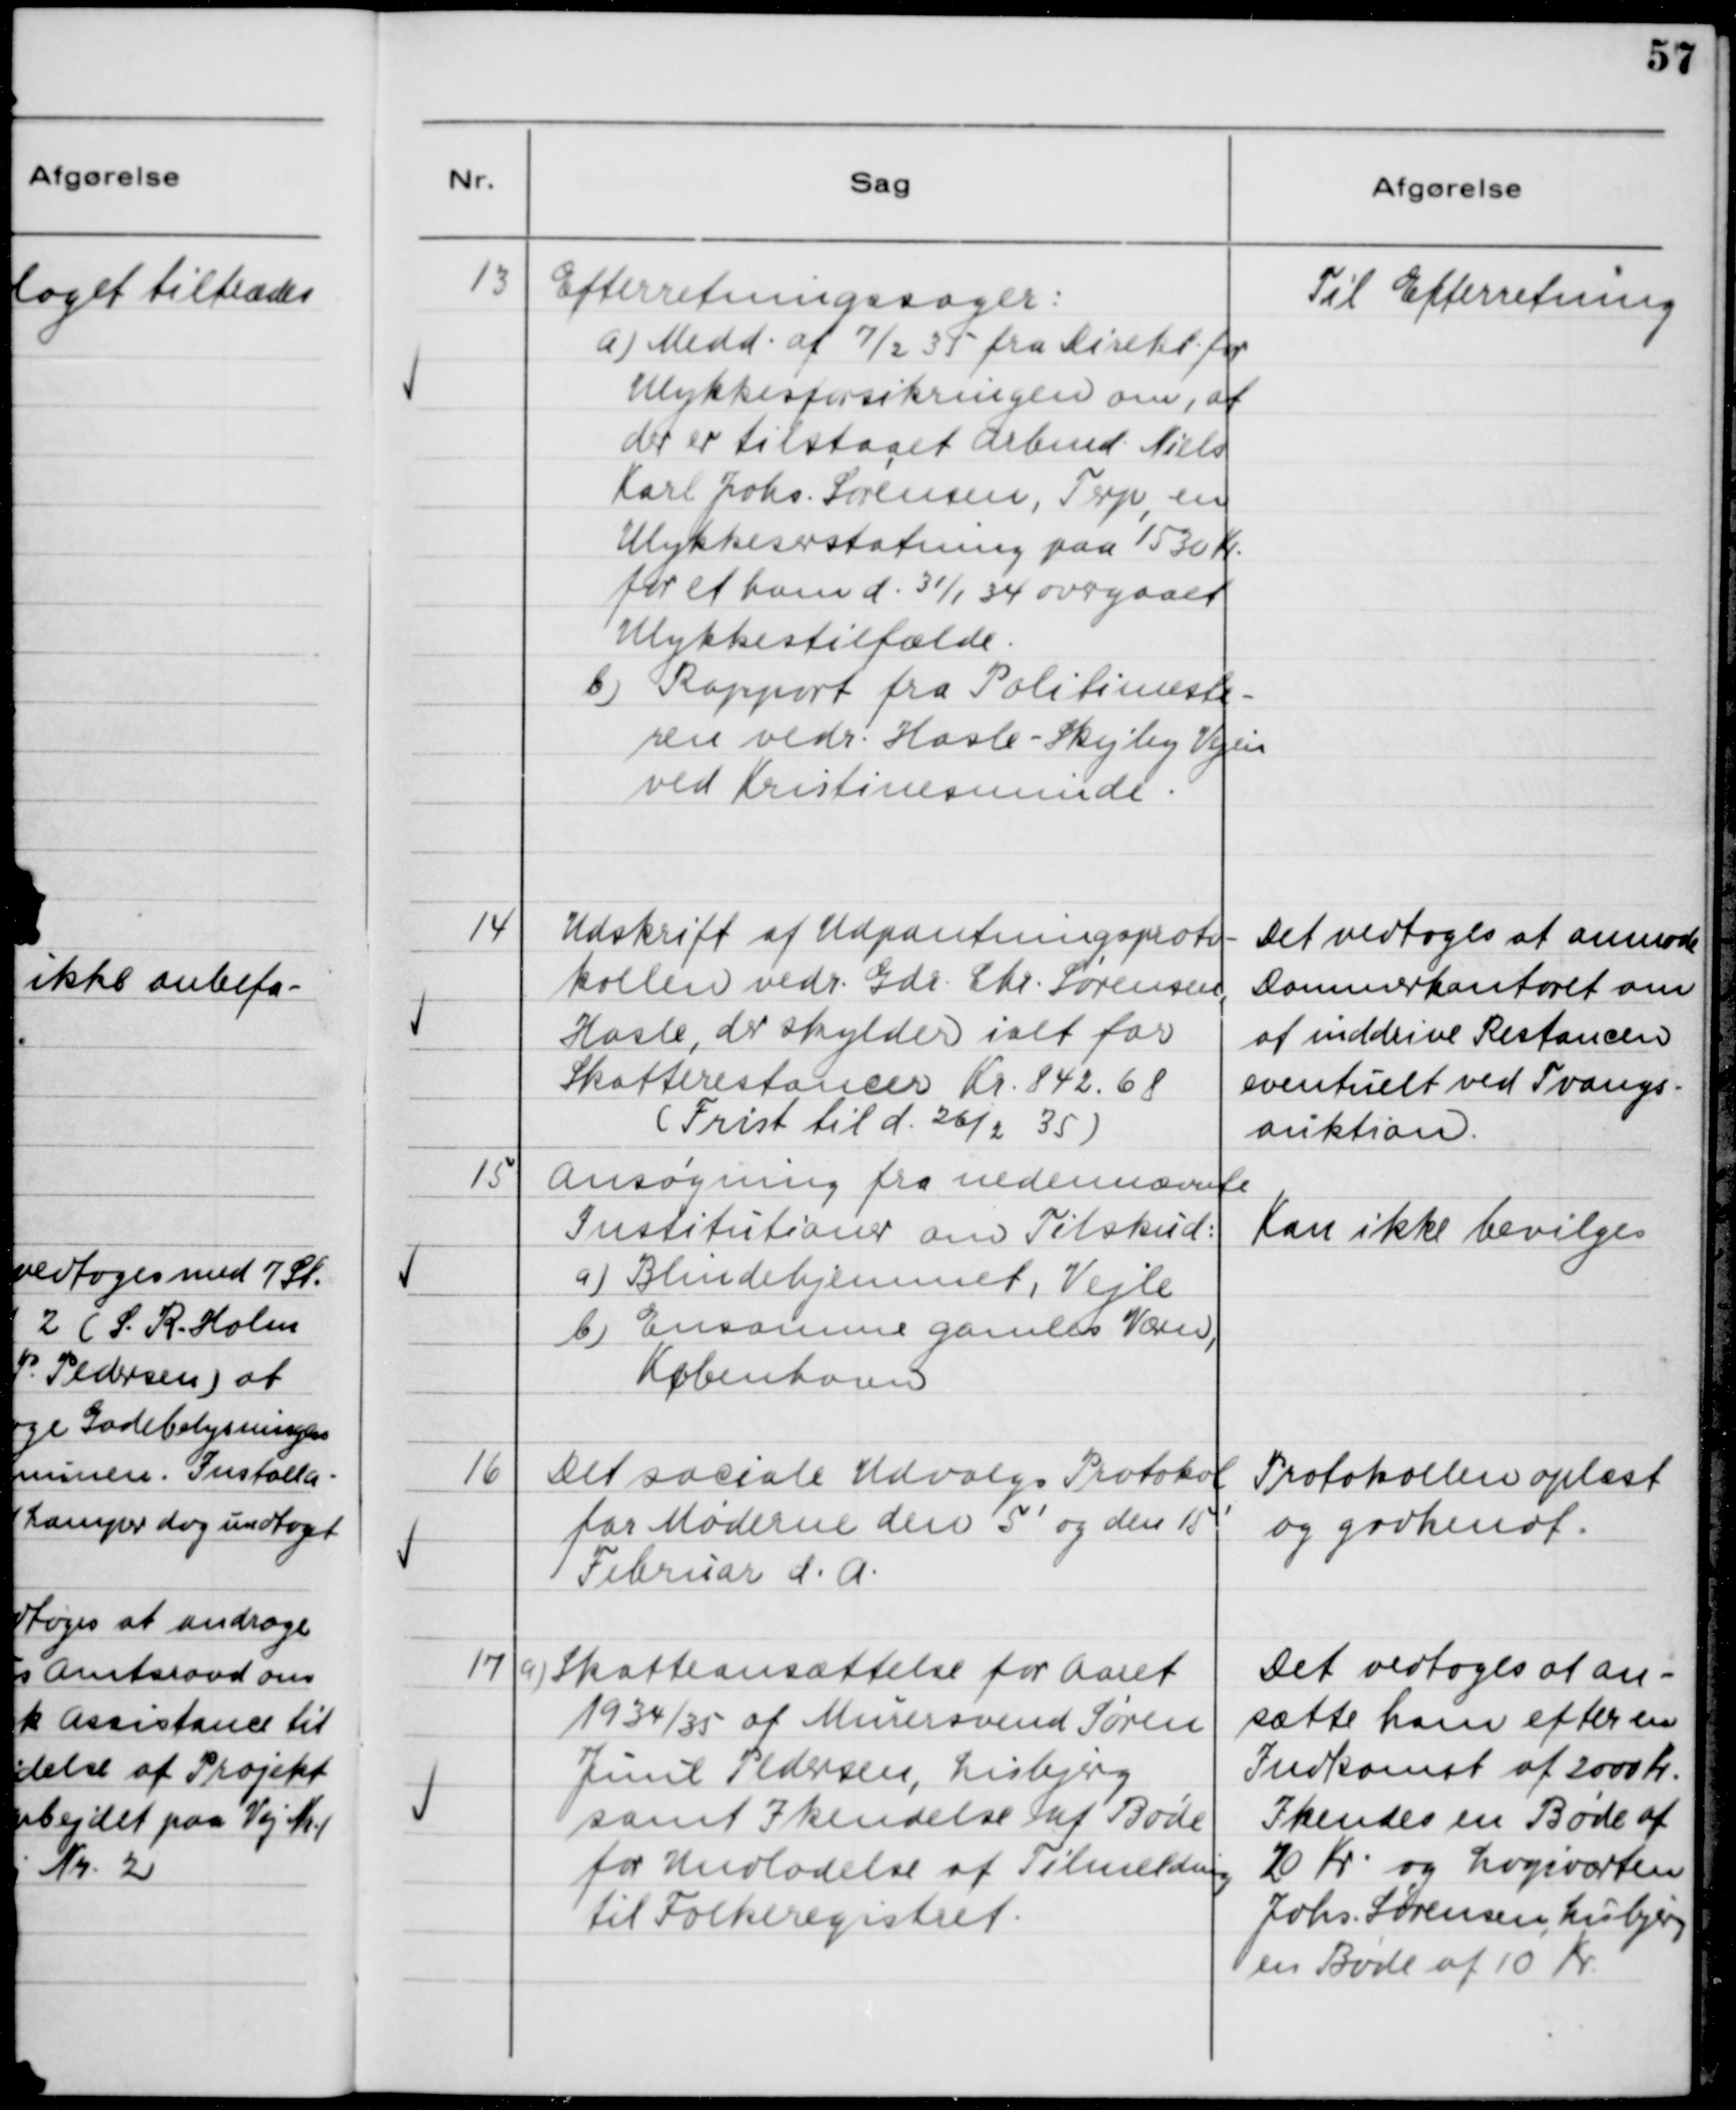
Transskription:
13

Efterretningssager:
a) Medd. af 7/2 35 fra Direkt. for
Ulykkesforsikringen om, at
der er tilstaaet Arbmd. Niels
Karl Johs. Sørensen, Terp, en
Ulykkeserstatning paa 1530 Kr.
for et ham d. 31/1 34 overgaaet
Ulykkestilfælde.
b) Rapport fra Politimeste-
ren vedr. Hasle - Skejby - Vejen
ved Kristinesminde.

Til Efterretning

14

Udskrift af Udpantningsproto-
kollen vedr. Gdr. Chr. Sørensen,
Hasle, der skylder ialt for
Skatterestancer Kr. 843.68.
(Frist til d. 26/2 35)

Det vedtoges at anmode
Dommerkontoret om
at inddrive Restancen
eventuels ved Tvangs-
auktion.

15

Ansøgning fra nedennævnte
Institutioner om Tilskud:
a) Blindehjemmet, Vejle
b) Ensomme gamles Værn,
København

Kan ikke bevilges

16

Det sociale Udvalgs Protokol
for Mødet den 5' og den 15'
Februar d.A.

Protokollen oplæst
og godkendt

17

a) Skatteansættelse for Aaret
1934/35 af Murersvend Søren
Juul Pedersen, Lisbjerg
samt Ikendelse af Bøde
for Undladelse af Tilmelding
til Folkeregisteret.

Det vedtoges at an-
sætte ham efter en
Indkomst af 2000 Kr.
Ikendes en Bøde af
20 Kr. og Logiværten
Johs. Sørensen, Lisbjerg
en Bøde af 10 Kr.